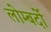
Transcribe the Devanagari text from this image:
लोम्बर्दो